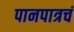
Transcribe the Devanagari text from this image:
पानपात्रचं